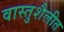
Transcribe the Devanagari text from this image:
वास्तुशैलीत